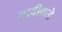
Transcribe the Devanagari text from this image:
तावीकडे